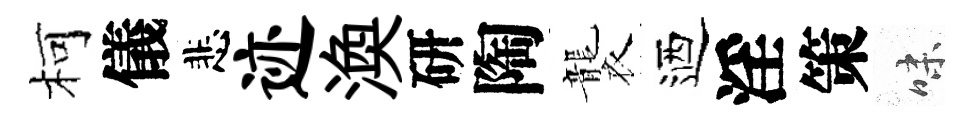
柯儀悲迹渙研陶襲迺淫策味